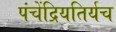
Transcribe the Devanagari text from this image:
पंचेंद्रियतिर्यच